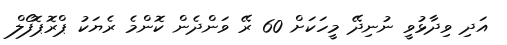
އަދި ވިދާޅުވީ ނުނިދޭ މީހަކަށް 60 ރޭ ވަންދެން ކޮންމެ ރެޔަކު ޕްރޮޕޮފޯލް